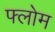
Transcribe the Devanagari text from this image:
फ्लोम